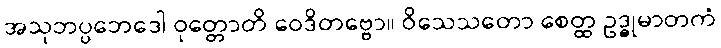
အသုဘပ္ပဘေဒေါ ဝုတ္တောတိ ဝေဒိတဗ္ဗော။ ဝိသေသတော စေတ္ထ ဥဒ္ဓုမာတကံ